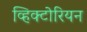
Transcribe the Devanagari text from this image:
व्हिक्टोरियन